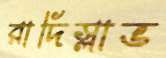
রাদিস্লাভ